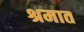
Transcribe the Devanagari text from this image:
श्रमात